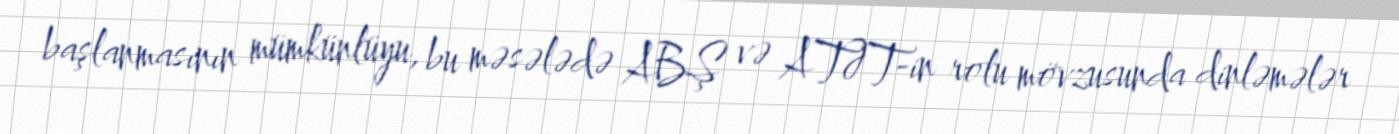
başlanmasının mümkünlüyu, bu məsələdə ABŞ və ATƏT-in rolu mövzusunda dinləmələr